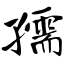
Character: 孺